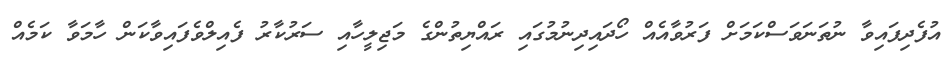
އުފެދިފައިވާ ނުތަނަވަސްކަމަށް ފަރުވާއެއް ހޯދައިދިނުމުގައި ރައްޔިތުންގެ މަޖިލީހާއި ސަރުކާރު ފެއިލްވެފައިވާކަން ހާމަވާ ކަމެއް